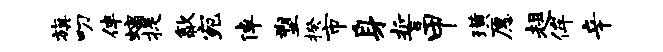
旗叨伴螭提歙宛倬塑揆市身誓甲璜愿趄侔辛